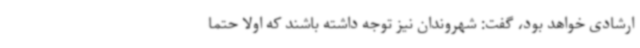
ارشادی خواهد بود، گفت: شهروندان نیز توجه داشته باشند که اولا حتما